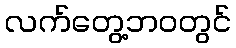
လက်တွေ့ဘဝတွင်